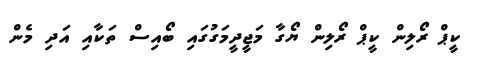
ކީޕް ރޯލިން ކީޕް ރޯލިން ޔޯގާ މަޖީދީމަގުގައި ބޯއިސް ތަކާއި އަދި މެން